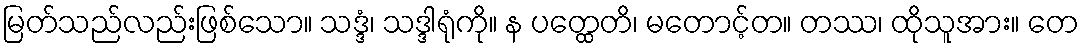
မြတ်သည်လည်းဖြစ်သော။ သဒ္ဒံ၊ သဒ္ဒါရုံကို။ န ပတ္ထေတိ၊ မတောင့်တ။ တဿ၊ ထိုသူအား။ တေ